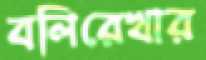
বলিরেখার